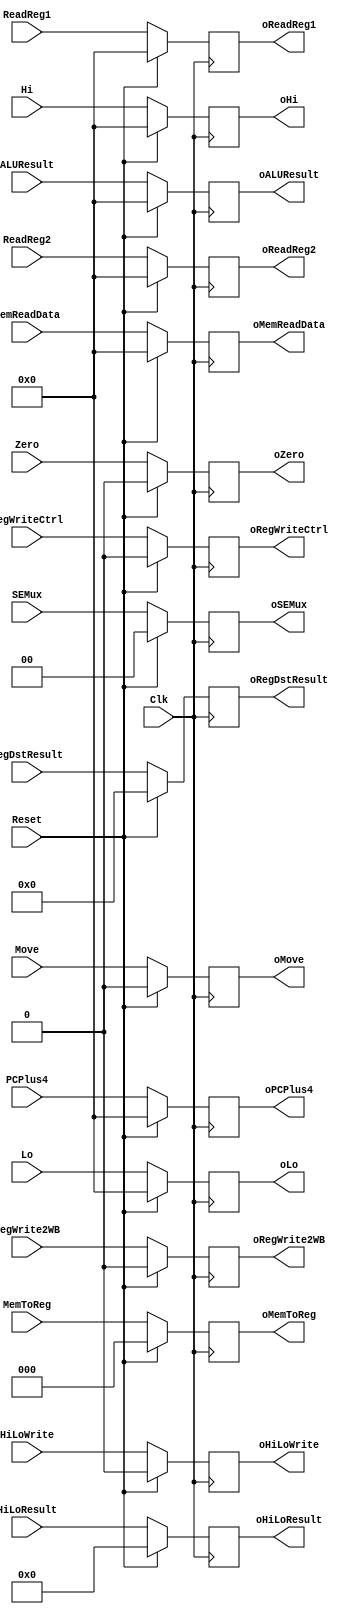
`timescale 1ns / 1ps
//////////////////////////////////////////////////////////////////////////////////
// Company: 
// Engineer: 
// 
// Design Name: 
// Module Name: REG_SAD1_SAD2_C
// Project Name: 
// Target Devices: 
// Tool Versions: 
// Description: 
// 
// Dependencies: 
// 
// Revision:
// Revision 0.01 - File Created
// Additional Comments:
// 
//////////////////////////////////////////////////////////////////////////////////


module REG_SAD3_WB_C(Clk, Reset,
                  RegWriteCtrl, Move,
                  SEMux, 
                  MemToReg,
                  PCPlus4, Zero, HiLoResult, ALUResult,
                  ReadReg1, ReadReg2, RegDstResult,
                  Hi, Lo,
                  HiLoWrite,
                  MemReadData,
                  RegWrite2WB,
                  
                  oRegWriteCtrl, oMove,
                  oSEMux, 
                  oMemToReg,
                  oPCPlus4, oZero, oHiLoResult, oALUResult,
                  oReadReg1, oReadReg2, oRegDstResult,
                  oHi, oLo,
                  oHiLoWrite,
                  oMemReadData,
                  oRegWrite2WB);

input Clk, Reset;
input RegWriteCtrl, Move;
input [1:0] SEMux;
input [2:0] MemToReg;
input [31:0] PCPlus4, ALUResult, ReadReg1, ReadReg2, Hi, Lo;
input Zero;
input [4:0] RegDstResult;
input [63:0] HiLoResult;
input HiLoWrite;
input [31:0] MemReadData;
input RegWrite2WB;

output reg oRegWriteCtrl, oMove;
output reg [1:0] oSEMux;
output reg [2:0] oMemToReg;
output reg [31:0] oPCPlus4, oALUResult, oReadReg1, oReadReg2, oHi, oLo;
output reg oZero;
output reg [4:0] oRegDstResult;
output reg [63:0] oHiLoResult;
output reg oHiLoWrite;
output reg [31:0] oMemReadData;
output reg oRegWrite2WB;

initial begin
oRegWriteCtrl = 0; 
oMove = 0;
oSEMux = 0;
oMemToReg = 0;
oPCPlus4 = 0;
oALUResult = 0;
oReadReg1 = 0;
oReadReg2 = 0;
oHi = 0;
oLo = 0;
oZero = 0;
oRegDstResult = 0;
oHiLoResult = 0;
oHiLoWrite = 0;
oMemReadData = 0;
oRegWrite2WB = 0;
end

always @(posedge Clk) begin
if (Reset == 1) begin
oRegWriteCtrl = 0; 
oMove = 0;
oSEMux = 0;
oMemToReg = 0;
oPCPlus4 = 0;
oALUResult = 0;
oReadReg1 = 0;
oReadReg2 = 0;
oHi = 0;
oLo = 0;
oZero = 0;
oRegDstResult = 0;
oHiLoResult = 0;
oHiLoWrite = 0;
oMemReadData = 0;
oRegWrite2WB = 0;
end
else begin
oRegWriteCtrl = RegWriteCtrl; 
oMove = Move;
oSEMux = SEMux;
oMemToReg = MemToReg;
oPCPlus4 = PCPlus4;
oALUResult = ALUResult;
oReadReg1 = ReadReg1;
oReadReg2 = ReadReg2;
oHi = Hi;
oLo = Lo;
oZero = Zero;
oRegDstResult = RegDstResult;
oHiLoResult = HiLoResult;
oHiLoWrite = HiLoWrite;
oMemReadData = MemReadData;
oRegWrite2WB = RegWrite2WB;
end
end

endmodule